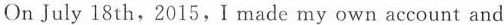
On July 18 th,2015,I made my own account and